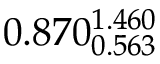
0 . 8 7 0 _ { 0 . 5 6 3 } ^ { 1 . 4 6 0 }